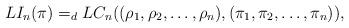
LaTeX: \begin{align*}LI_n(\pi) =_dLC_n((\rho_1,\rho_2,\ldots,\rho_n),(\pi_1,\pi_2,\dots,\pi_n)),\end{align*}